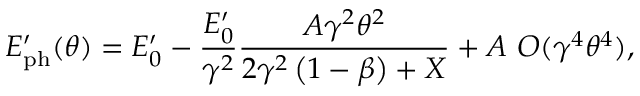
E _ { \mathrm { p h } } ^ { \prime } ( \theta ) = E _ { 0 } ^ { \prime } - \frac { E _ { 0 } ^ { \prime } } { \gamma ^ { 2 } } \frac { A \gamma ^ { 2 } \theta ^ { 2 } } { 2 \gamma ^ { 2 } \left( 1 - \beta \right) + X } + A \ O ( \gamma ^ { 4 } \theta ^ { 4 } ) ,